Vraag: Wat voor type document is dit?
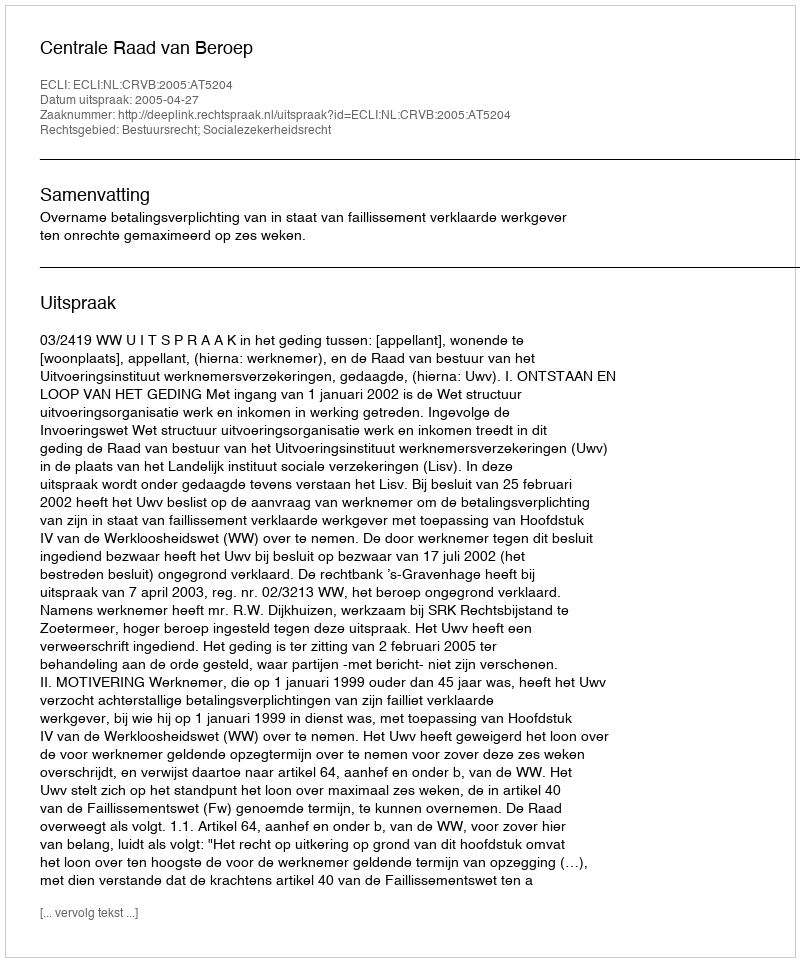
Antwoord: Uitspraak